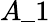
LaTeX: A\_ 1